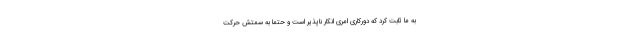
به ما ثابت کرد که دورکاری امری انکار ناپذیر است و حتما به سمتش حرکت